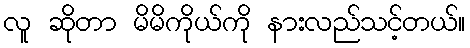
လူ ဆိုတာ မိမိကိုယ်ကို နားလည်သင့်တယ်။